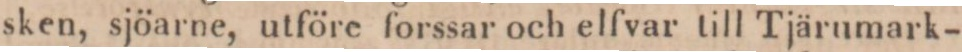
sken, sjöarne, utföre forssar och elfvar till Tjärumark-